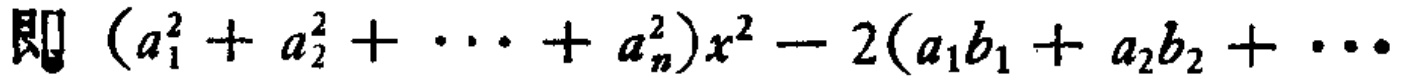
即 \((a_{1}^{2}+a_{2}^{2}+\cdots +a_{n}^{2})x^{2}-2(a_{1}b_{1}+a_{2}b_{2}+\cdots\)